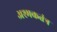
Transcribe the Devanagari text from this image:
अश्मकतंत्र